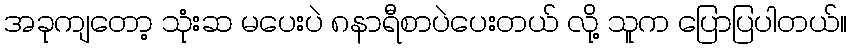
အခုကျတော့ သုံးဆ မပေးပဲ ၈နာရီစာပဲပေးတယ် လို့ သူက ပြောပြပါတယ်။